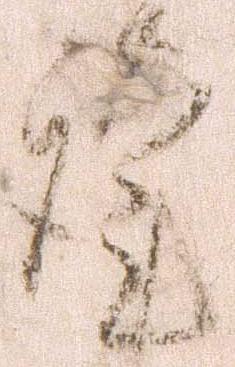
謹